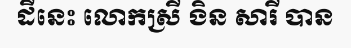
ដីនេះ លោកស្រី ងិន សារី បាន